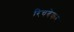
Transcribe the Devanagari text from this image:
रिचबेकर